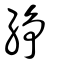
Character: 䋫